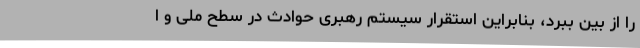
را از بین ببرد، بنابراین استقرار سیستم رهبری حوادث در سطح ملی و ا